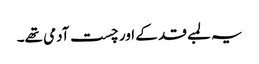
یہ لمبے قد کے اور چست آدمی تھے۔